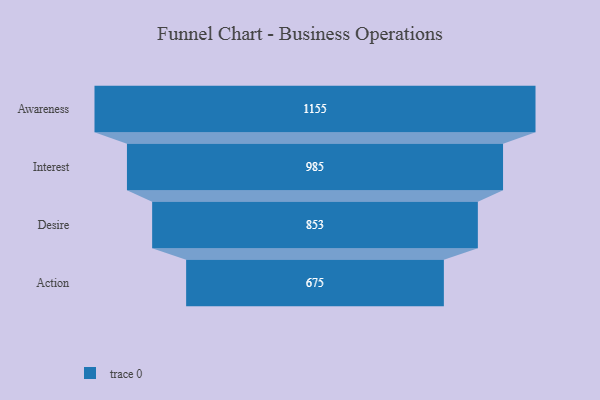
{"axis": {"x": "Stage", "y": "Value"}, "legend": [""], "data": [{"x": "Awareness", "y": 1155.0, "type": ""}, {"x": "Interest", "y": 985.0, "type": ""}, {"x": "Desire", "y": 853.0, "type": ""}, {"x": "Action", "y": 675.0, "type": ""}]}